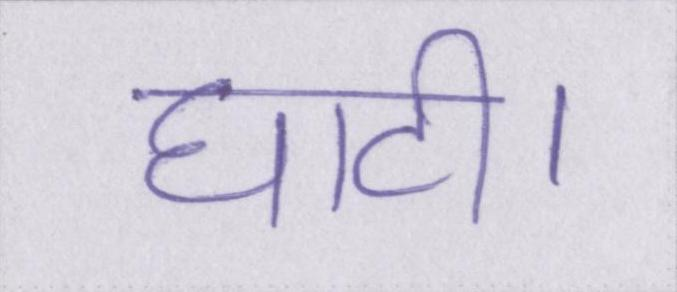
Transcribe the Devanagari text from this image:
घाटी।